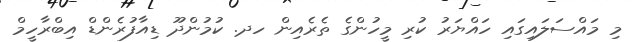
މި މައްސަލައިގައި ހައްޔަރު ކުރި މީހުންގެ ތެރެއިން ހދ. ކުމުންދޫ ޑިއާފުރެންޑް އިބްރާހީމް